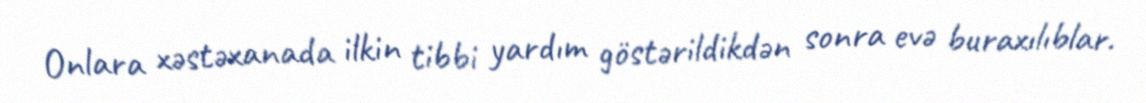
Onlara xəstəxanada ilkin tibbi yardım göstərildikdən sonra evə buraxılıblar.